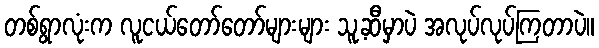
တစ်ရွာလုံးက လူငယ်တော်တော်များများ သူ့ဆီမှာပဲ အလုပ်လုပ်ကြတာပဲ။